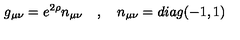
g _ { \mu \nu } = e ^ { 2 \rho } n _ { \mu \nu } \quad , \quad n _ { \mu \nu } = d i a g ( - 1 , 1 )